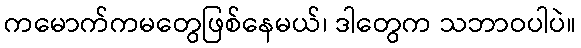
ကမောက်ကမတွေဖြစ်နေမယ်၊ ဒါတွေက သဘာဝပါပဲ။